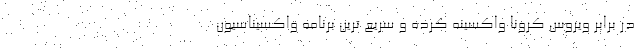
در برابر ویروس کرونا واکسینه کرده و سریع ترین برنامه واکسیناسیون